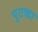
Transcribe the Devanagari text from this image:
पुटका